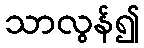
သာလွန်၍